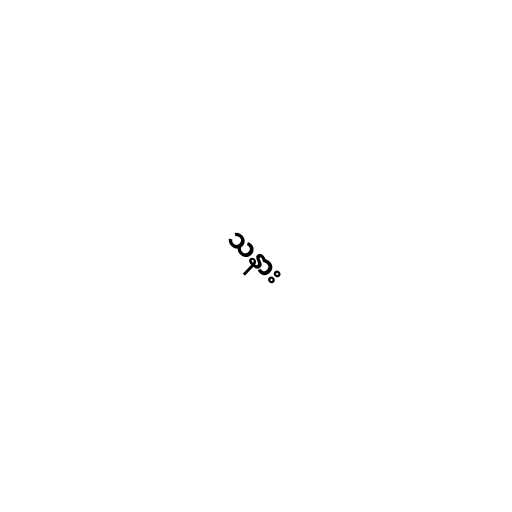
သနား